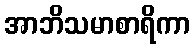
အာဘိသမာစာရိကာ